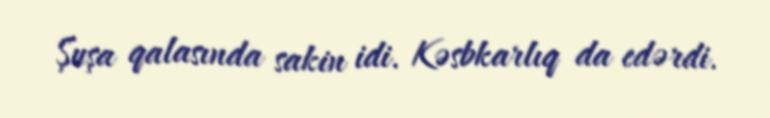
Şuşa qalasında sakin idi. Kəsbkarlıq da edərdi.